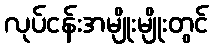
လုပ်ငန်းအမျိုးမျိုးတွင်